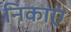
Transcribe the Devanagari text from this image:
निकाएं